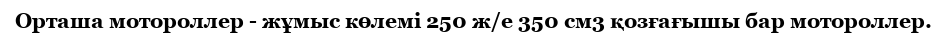
Орташа мотороллер - жұмыс көлемі 250 ж/е 350 см3 қозғағышы бар мотороллер.